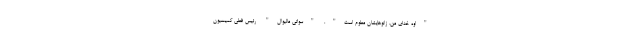
"اوه خدای من، زانوهایشان معلوم است". "سواتی مالیوال" رئیس فعلی کمیسیون